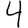
Digit: 4